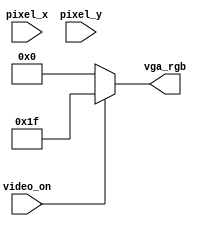
module vga_rgb_text(
    input video_on,
    input [10:0] pixel_x, pixel_y,
    output reg [4:0] vga_rgb
    );

    always @(*)
        begin
        if (video_on)
            vga_rgb = 5'b11111;
        else
            vga_rgb = 5'b00000;
        end
endmodule